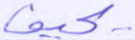
يحيف